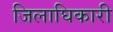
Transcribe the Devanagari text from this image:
जिलाघिकारी